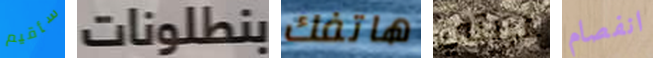
سأقيم بنطلونات هاتفك عربتي انفصام